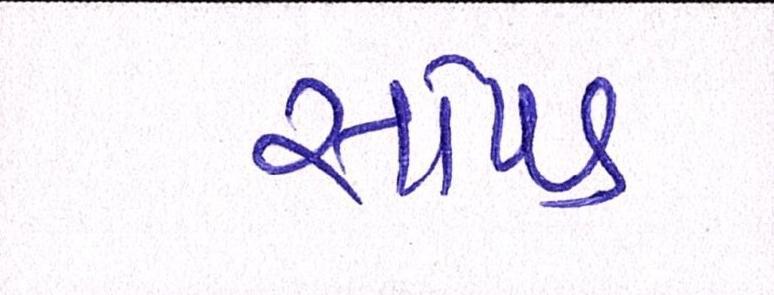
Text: સાંપડ